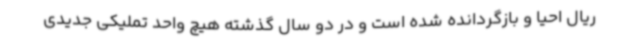
ریال احیا و بازگردانده شده است و در دو سال گذشته هیچ واحد تملیکی جدیدی